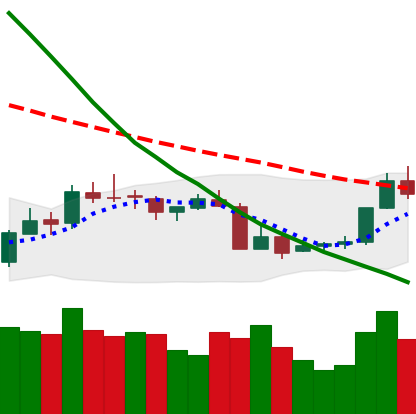
Ticker: XMR-USD
Chart end date: 2018-07-18
Forward return: -4.43%
Label: down_3_5